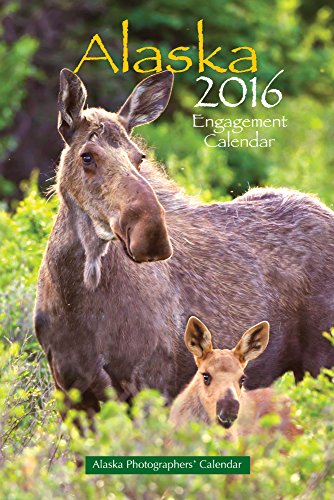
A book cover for Alaska Engagement 2016 Calendar; Calendars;